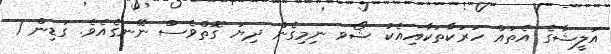
އަލީޝާގެ އެތައް ހަރަކާތަކާއިއެކު ޝޯވ ނިމިގެން ދިޔަ ގޮތްވެސް ނޭނގެއެވެ. ގަޑިން 1